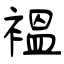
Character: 褞